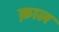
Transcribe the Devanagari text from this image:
क़ाल